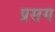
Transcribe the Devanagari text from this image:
प्रसग